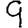
Digit: 9